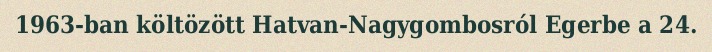
1963-ban költözött Hatvan-Nagygombosról Egerbe a 24.